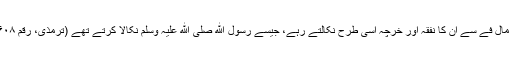
البتہ مال فے سے ان کا نفقہ اور خرچہ اسی طرح نکالتے رہے، جیسے رسول ﷲ صلی ﷲ علیہ وسلم نکالا کرتے تھے (ترمذی، رقم ۱۶۰۸)۔